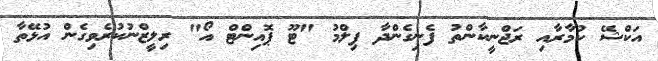
އަކްޝޭ ކުމާރާއި ރަޖްނީކާންތު ފެނިގެންދާ ފިލްމު "ޓޫ ޕޮއިންޓް އޯ" ރިލީޒްނުކުރެވިގެން އުޅޭތާ